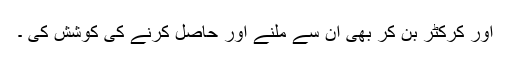
اور کرکٹر بن کر بھی ان سے ملنے اور حاصل کرنے کی کوشش کی ۔